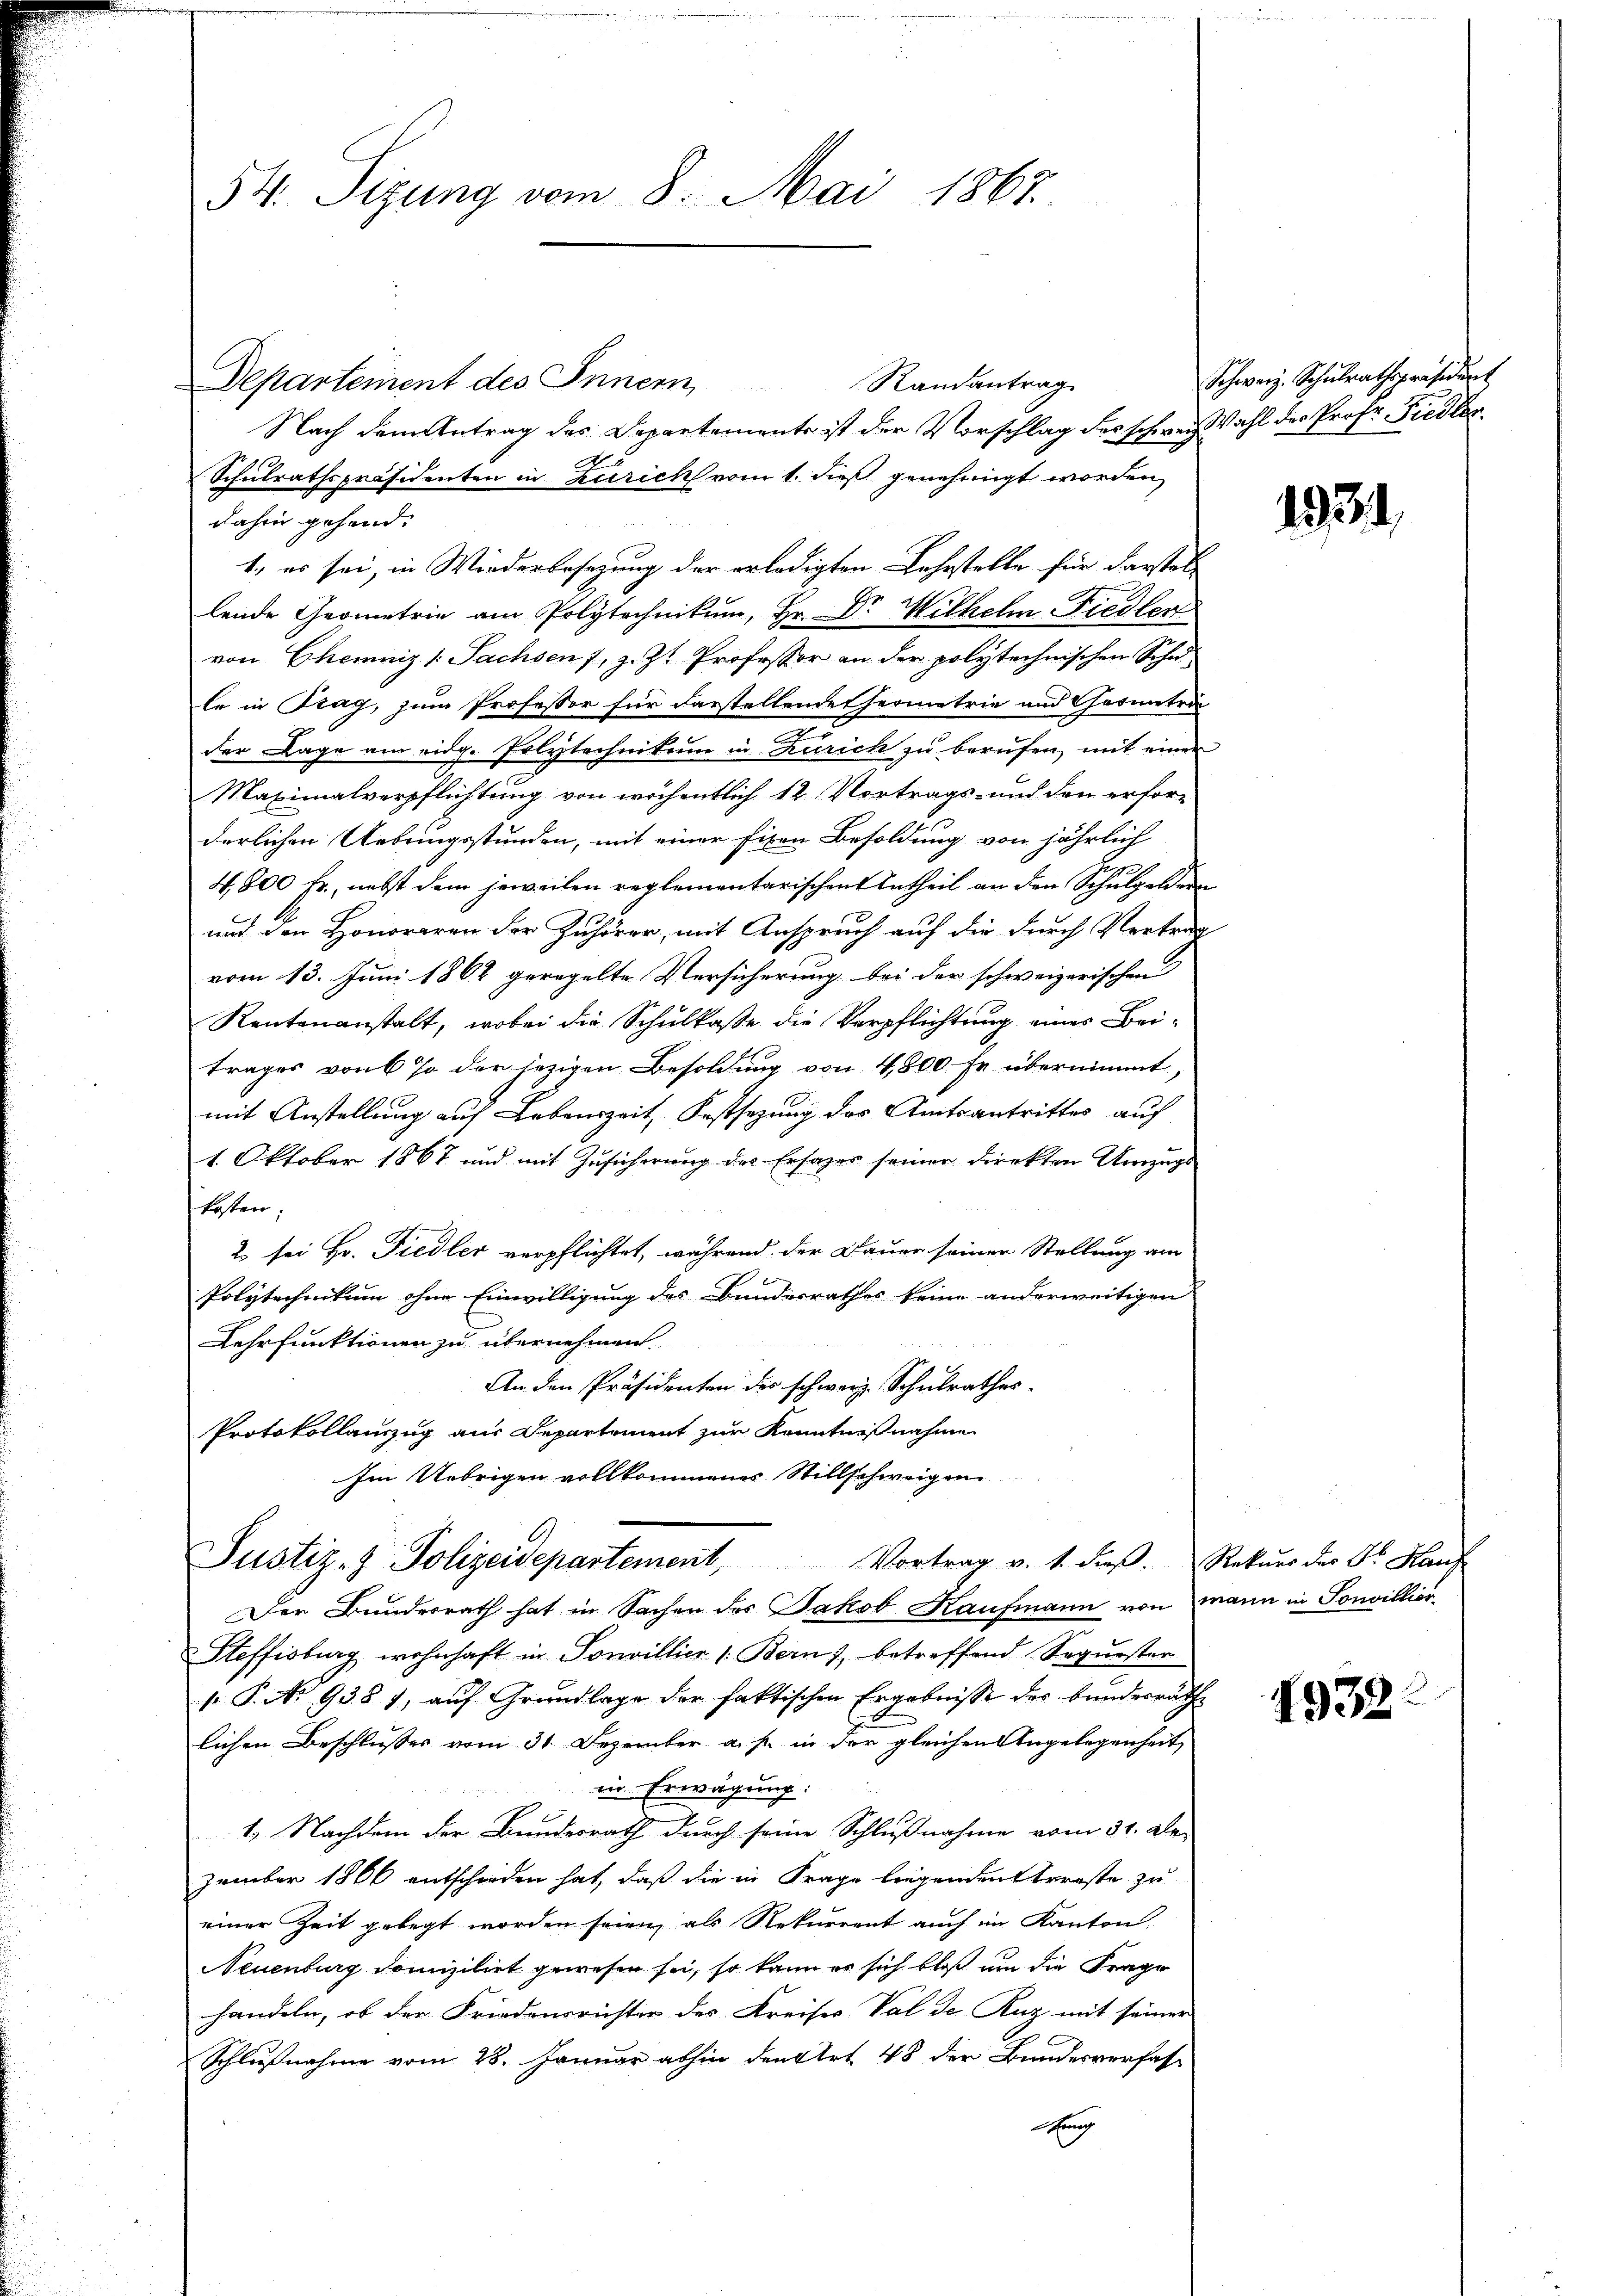
54. Sizung vom 8. Mai 1867.

Departement des Innern Randantrag
Nach dem Antrag des Departements ist der Vorschlag des schweiz Wahl des Prof. Fiedler,
Schulrathspräsidenten in Zürich vom 1. dieß genehmigt worden,
dahin gehend. |
1., es sei, in Wiederbesezung der erledigten Lehrstelle für darstellende Geometrie am Polytechnikum, Hr. Dr Wilhelm Fiedler
von Chemniz [Sachsen 7, z. Zt. Professor an der polytechnischen Schule in Prag, zum Professor für darstellendet hermetrie und Chrometri-
der Lage am eidg. Polytechnikum in Zürich zu berufen, mit einer
Maximalverpflichtung von wöchentlich 12 Vortrags- und den erfor-
derlichen Uebungsstunden, mit einer fixen Besoldung von jährlich
4,800 fr., nebst dem jeweilen reglementarischen Antheil an den Schulgelder
und der Honoraren der Zuhörer, mit Anspruch auf die durch Vertrag
vom 13. Juni 1862 geregelte Versicherung bei der schweizerischen
Rentenanstalt, wobei die Schulkasse die Verpflichtung eines Beitrages von 6 % der jezigen Besoldung von 4,800 Fr. übernimmt,
mit Anstellung auf Lebenszeit, Festsezung des Amtsantrittes auf
1. Oktober 1867 und mit Zusicherung des Ersazer seiner Direkten Umzugs
kosten;
2 sei Hr. Fiedler verpflichtet, während der Dauer seiner Stellung am
Polytechnikum ohne Einwilligung des Bundesrathes keine anderweitigen
Lehrfunktionen zu übernehmen.
An den Präsidenten des schweiz. Schulrathes
Protokollanzug aus Departement zur Kenntnißnahme
Im Uebrigen vollkommenes Stillschweigen
Justiz- & Polizeidepartement, Vortrag v. 1. dieβ.  Rekurs der Fr. Hauf
Der Bundesrath hat in Sachen des Jakob Kaufmann von mann in Sonvillior
Steffisburg wohnhaft in Sonvillier 1. Bern), betreffend Sequester
 P. No 9381, auf Grundlage der faktischen Ergebnisse des Bundesräthe
lichen Beschlusses vom 31. Dezember a. s. in der gleichen Angelegenheit
in Erwägung:
1. Nachdem der Bundesrath durch seine Schlußnahme vom 31. De-
zember 1866 entschieden hat, daß die in Frage liegenden Arreste zu
einer Zeit gelegt worden seien, als Rekurrent auch im Kanton
Neuenburg domizilirt gewesen sei, so kann er sich bloß um die Frage
handeln, ob der Friedensrichter des Kreises Val de Ruz mit seiner
Schlußnahme vom 28. Januar abhin den Art. 48 der Bundesverfas-
Era

Schweiz. Schŭlrathspräsident

1934.

1932.